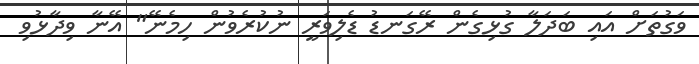
ވަގުތަށް އައި ބަދަލާ ގުޅިގެން ރޭގަނޑު ޑެލިވަރީ ނުކުރެވުން ހިމެނޭ" އޭނާ ވިދާޅުވި